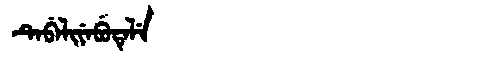
Manchu: ᡨᡝᠪᡝᠯᡳᠶᡝᠪᡠᡨᡝᠯᡝ
Romanization: TEBELIYEBUTELE